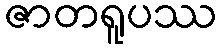
ဇာတရူပဿ